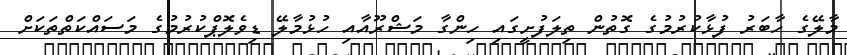
މާލޭގެ ހާބަރު ފުޅާކުރުމުގެ ގޮތުން ތިލަފުށީގައި ހިންގާ މަޝްރޫއާއި ހުޅުމާލޭ ޑިވެލޮޕްކުރުމުގެ މަސައްކަތްތަކަށް